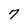
Character: 7